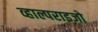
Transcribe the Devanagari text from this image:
व्हाल्पराइजो